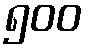
၅၀၀